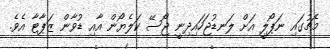
މެޗުގައި ނަޕޯލީ އަށް ލަނޑުޖަހައިދިނީ ޖޯސޭ ކަލެޔޯން އާއި ޑުވާން ޒަޕާޓާ އެވެ.